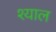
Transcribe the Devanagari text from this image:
श्याल